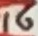
Text: 16